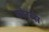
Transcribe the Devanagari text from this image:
फोरब्स